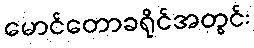
မောင်တောခရိုင်အတွင်း